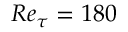
R e _ { \tau } = 1 8 0